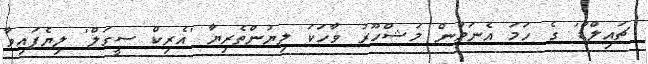
ޗައިލްޑް' ގެ ހަމަ އެނަމުން މަޝްހޫރު ވާހަކަ ލިޔުންތެރިޔާ 'އެރިކް ސީގަލް' ލިޔެފައިވާ